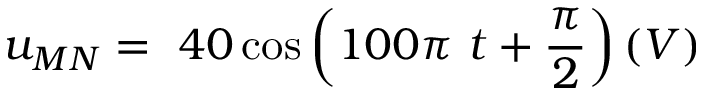
u _ { M N } = \ 4 0 \cos { \left( 1 0 0 \pi \ t + \frac { \pi } { 2 } \right) } \left( V \right)